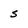
Character: s